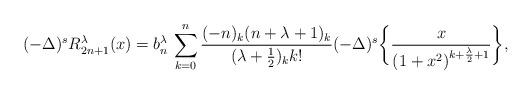
LaTeX: \begin{align*}&(-\Delta)^s R_{2n+1}^\lambda(x) =b_n^\lambda\,\sum_{k=0}^{n}\frac{(-n)_{k}(n+\lambda+1)_{k}}{(\lambda+\frac{1}{2})_{k}k!} (-\Delta)^s \bigg\{\frac{x}{\left(1+x^2\right)^{k+\frac{\lambda}{2}+1}}\bigg\},\end{align*}